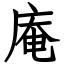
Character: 庵